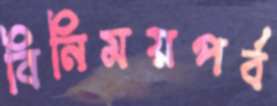
বিনিময়পর্ব